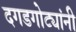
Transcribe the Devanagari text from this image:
दगडगोट्यांनी